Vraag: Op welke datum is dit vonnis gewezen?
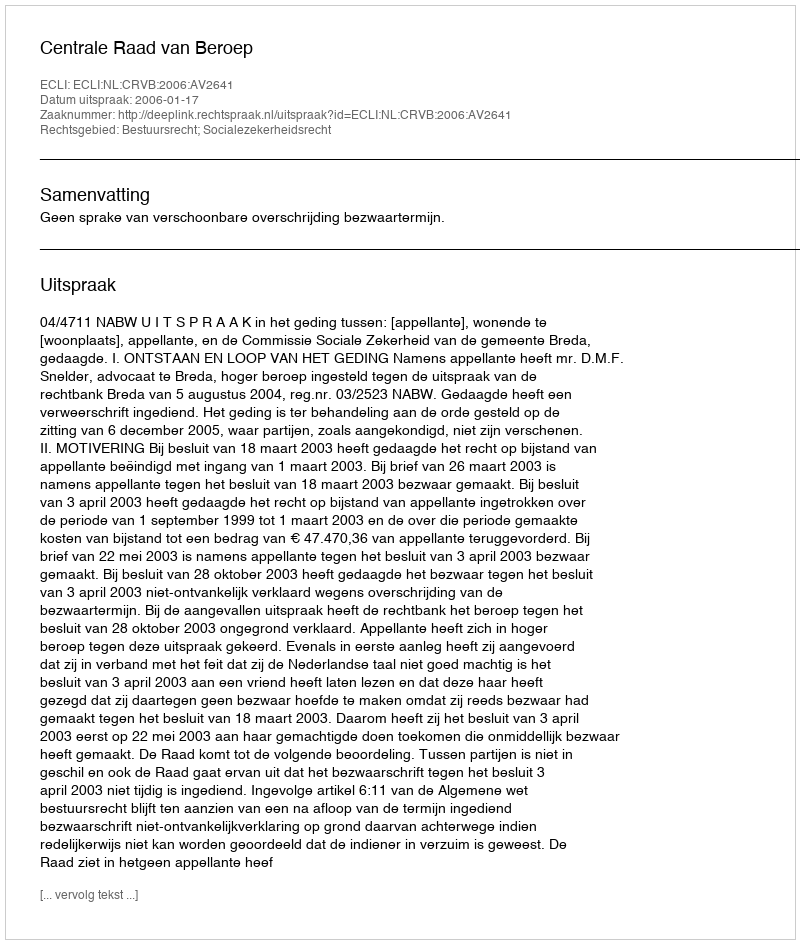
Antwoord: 2006-01-17